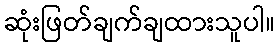
ဆုံးဖြတ်ချက်ချထားသူပါ။